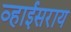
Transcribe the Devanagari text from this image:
व्हाईसराय